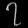
Digit: ၇